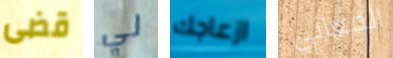
قضى لي ازعاجك المعاني